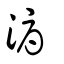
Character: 溽